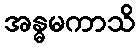
အန္ဓမကာသိ